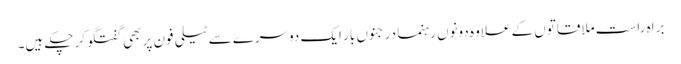
براہِ راست ملاقاتوں کے علاوہ دونوں رہنما درجنوں بار ایک دوسرے سے ٹیلی فون پر بھی گفتگو کرچکے ہیں۔